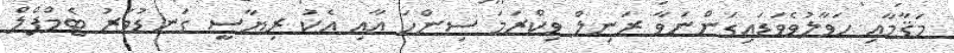
މަޤާމާއި ހަވާލުވެވަޑައިގަންނަވާ ރަނިލް ވިކްރަމަ ސިންހަ އާއި އެކު ރިޔާސީ ގަނޑުވަރު ޓެމްޕްލް